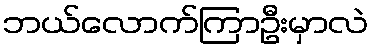
ဘယ်လောက်ကြာဦးမှာလဲ